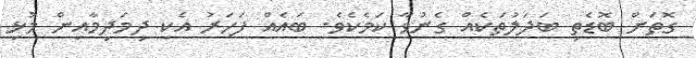
ގޮތަށް ބޮޑެތި ބަދަލުތަކެއް ގެނުވާ ކަމެކެވެ. ބައެއް ފަހަރު އެކި ދިމަދިމާއިން މުޅި